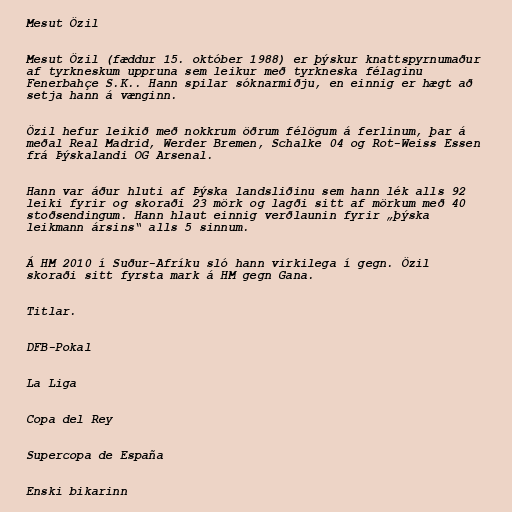
Mesut Özil

Mesut Özil (fæddur 15. október 1988) er þýskur knattspyrnumaður
af tyrkneskum uppruna sem leikur með tyrkneska félaginu
Fenerbahçe S.K.. Hann spilar sóknarmiðju, en einnig er hægt að
setja hann á vænginn.

Özil hefur leikið með nokkrum öðrum félögum á ferlinum, þar á
meðal Real Madrid, Werder Bremen, Schalke 04 og Rot-Weiss Essen
frá Þýskalandi OG Arsenal.

Hann var áður hluti af Þýska landsliðinu sem hann lék alls 92
leiki fyrir og skoraði 23 mörk og lagði sitt af mörkum með 40
stoðsendingum. Hann hlaut einnig verðlaunin fyrir „þýska
leikmann ársins“ alls 5 sinnum.

Á HM 2010 í Suður-Afríku sló hann virkilega í gegn. Özil
skoraði sitt fyrsta mark á HM gegn Gana.

Titlar.

DFB-Pokal

La Liga

Copa del Rey

Supercopa de España

Enski bikarinn